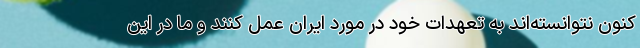
کنون نتوانسته‌اند به تعهدات خود در مورد ایران عمل کنند و ما در این